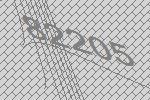
82205